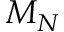
M _ { N }